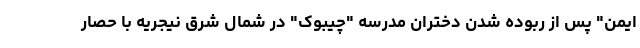
ایمن" پس از ربوده شدن دختران مدرسه "چیبوک" در شمال شرق نیجریه با حصار